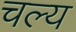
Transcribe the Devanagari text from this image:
चल्य